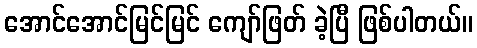
အောင်အောင်မြင်မြင် ကျော်ဖြတ် ခဲ့ပြီ ဖြစ်ပါတယ်။